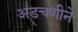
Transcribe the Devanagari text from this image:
अडचणीने